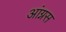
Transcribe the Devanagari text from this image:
आंग्नस